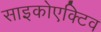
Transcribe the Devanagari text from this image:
साइकोएक्टिव